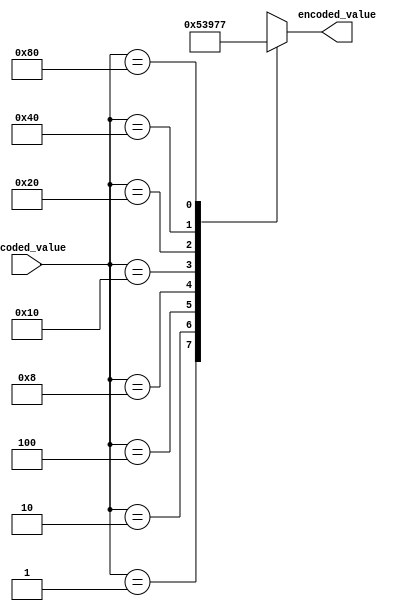
module eight_to_three_encoder (	output reg [2:0] encoded_value,
			input [7:0] decoded_value);
always@(decoded_value)
begin
	case(decoded_value)
		8'h01:  encoded_value = 3'b000;
		8'h02:  encoded_value = 3'b001;
		8'h04:  encoded_value = 3'b010;
		8'h08:  encoded_value = 3'b011;
		8'h10:  encoded_value = 3'b100;
		8'h20:  encoded_value = 3'b101;
		8'h40:  encoded_value = 3'b110;
		8'h80:  encoded_value = 3'b111;
		default:  encoded_value = 3'bXXX;
	endcase
end

endmodule